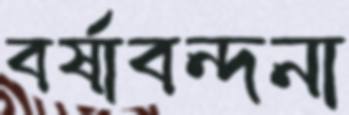
বর্ষাবন্দনা